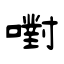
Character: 嚉